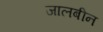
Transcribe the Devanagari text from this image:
जालबीन